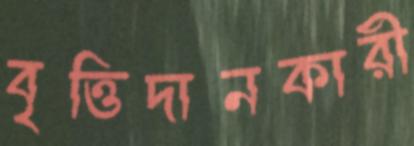
বৃত্তিদানকারী